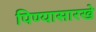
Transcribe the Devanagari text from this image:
पिण्यासारखे